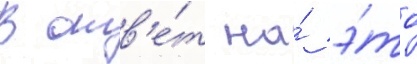
В отв'е́т на́ э́то